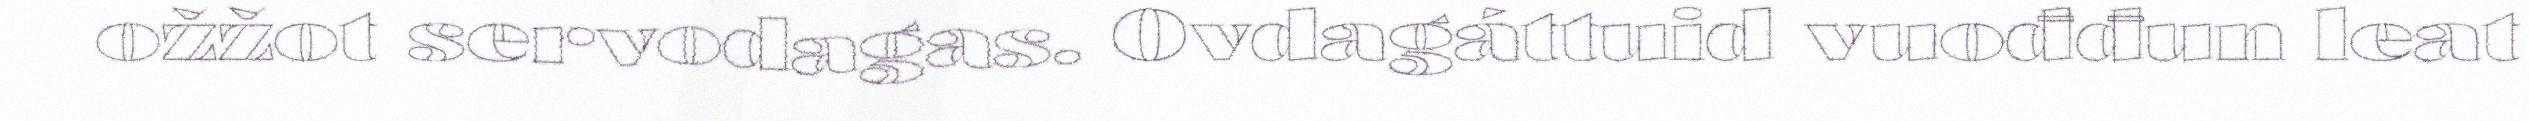
ožžot servodagas. Ovdagáttuid vuođđun leat